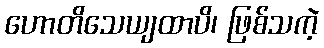
ဟောတိသေယျထာပိ၊ ဖြစ်သကဲ့